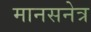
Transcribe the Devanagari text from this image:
मानसनेत्र